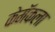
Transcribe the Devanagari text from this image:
केमॅकला